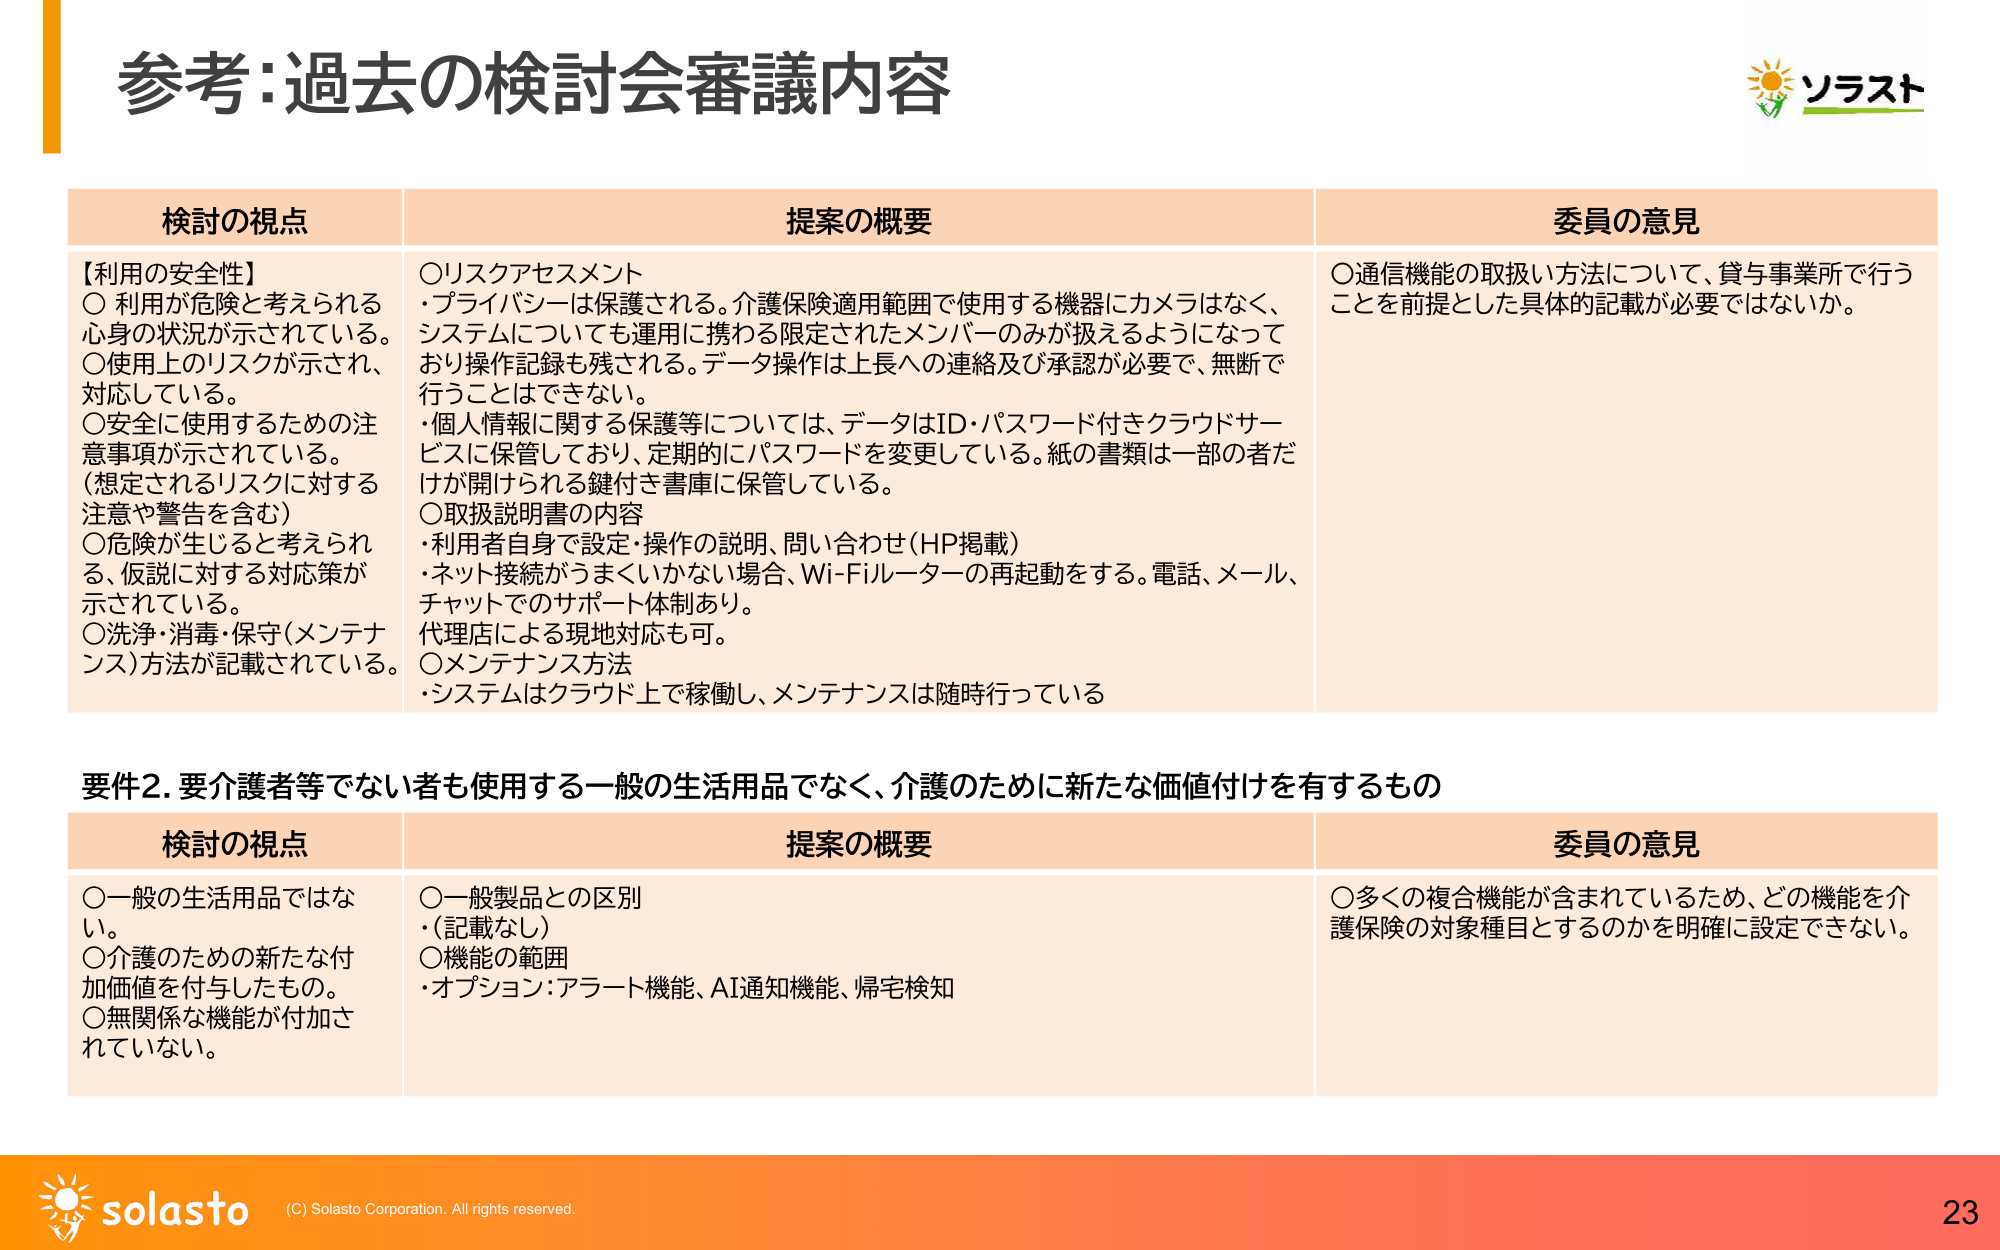
参考:過去の検討会審議内容

検討の視点
【利用の安全性】
○ 利用が危険と考えられる心身の状況が示されている。
○ 使用上のリスクが示され、対応している。
○ 安全に使用するための注意事項が示されている。
（想定されるリスクに対する注意や警告を含む）
○ 危険が生じると考えられる、仮説に対する対応策が示されている。
○ 洗浄・消毒・保守（メンテナンス）方法が記載されている。

提案の概要
○ リスクアセスメント
・プライバシーは保護される。介護保険適用範囲で使用する機器にカメラはなく、システムについても運用に携わる限定されたメンバーのみが扱えるようになっており操作記録も残される。データ操作は上長への連絡及び承認が必要で、無断で行うことはできない。
・個人情報に関する保護等については、データはID・パスワード付きクラウドサービスに保管しており、定期的にパスワードを変更している。紙の書類は一部の者だけが開けられる鍵付き書庫に保管している。
○ 取扱説明書の内容
・利用者自身で設定・操作の説明、問い合わせ（HP掲載）
・ネット接続がうまくいかない場合、Wi-Fiルーターの再起動をする。電話、メール、チャットでのサポート体制あり。代理店による現地対応も可。
○ メンテナンス方法
・システムはクラウド上で稼働し、メンテナンスは随時行っている

委員の意見
○ 通信機能の取扱い方法について、貸与事業所で行うことを前提とした具体的記載が必要ではないか。

要件2. 要介護者等でない者も使用する一般の生活用品でなく、介護のために新たな価値付けを有するもの

検討の視点
○ 一般の生活用品ではない。
○ 介護のための新たな付加価値を付与したもの。
○ 無関係な機能が付加されていない。

提案の概要
○ 一般製品との区別
・（記載なし）
○ 機能の範囲
・オプション：アラート機能、AI通知機能、帰宅検知

委員の意見
○ 多くの複合機能が含まれているため、どの機能を介護保険の対象種目とするのかを明確に設定できない。

ソラスト
solasto
(C) Solasto Corporation. All rights reserved.
23